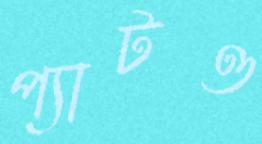
প্যাটও